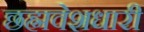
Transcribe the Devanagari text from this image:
छह्मवेशधारी